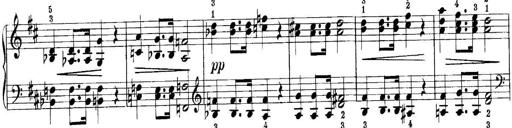
Title: Quatres sonatines
Composer: Tadeusz Joteyko